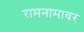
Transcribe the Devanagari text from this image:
रामनामावर